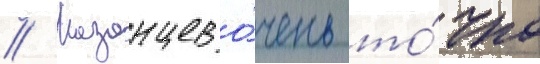
// Казанцев о́чень то́чно